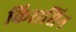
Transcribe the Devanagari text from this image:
किरासिन